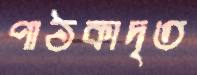
পাঠকাদৃত